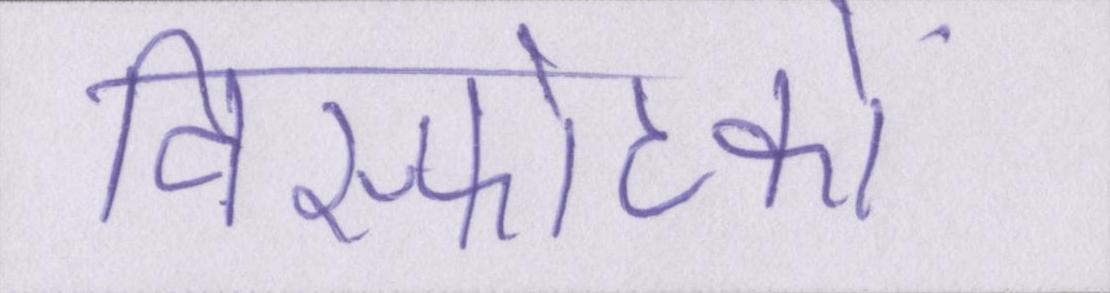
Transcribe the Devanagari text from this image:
विस्फोटकों